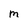
Character: M